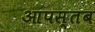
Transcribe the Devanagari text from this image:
आपस्तब